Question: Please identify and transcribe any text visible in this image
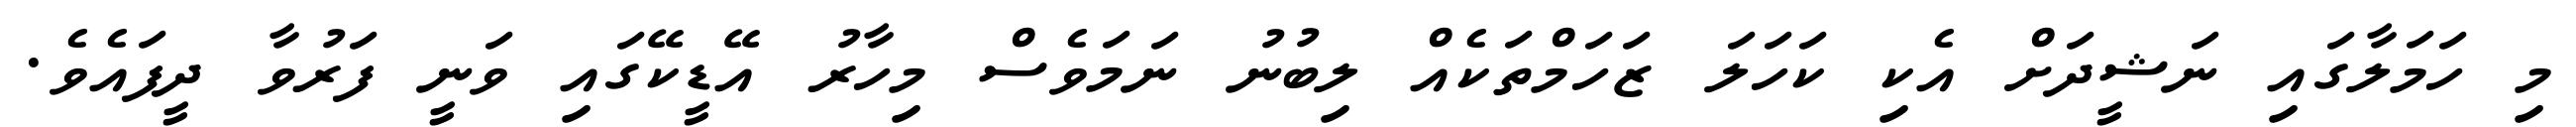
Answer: މި ހަމަލާގައި ނަޝީދަށް އެކި ކަހަލަ ޒަހަމްތަކެއް ލިބުނު ނަމަވެސް މިހާރު އޭޑީކޭގައި ވަނީ ފަރުވާ ދީފައެވެ.